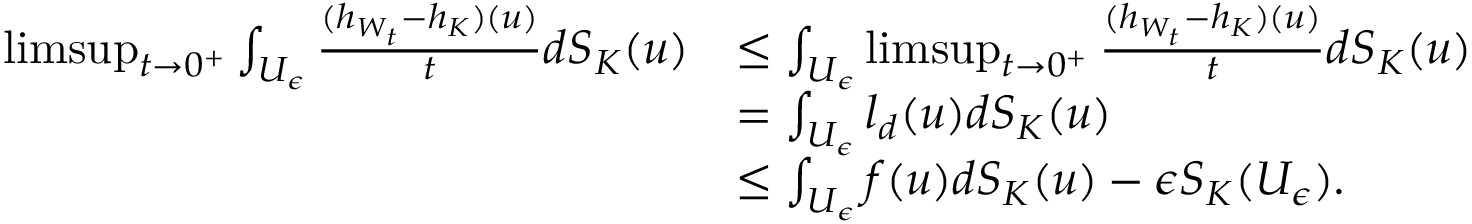
\begin{array} { r l } { \operatorname* { l i m s u p } _ { t \to 0 ^ { + } } \int _ { U _ { \epsilon } } \frac { ( h _ { W _ { t } } - h _ { K } ) ( u ) } { t } d S _ { K } ( u ) } & { \leq \int _ { U _ { \epsilon } } \operatorname* { l i m s u p } _ { t \to 0 ^ { + } } \frac { ( h _ { W _ { t } } - h _ { K } ) ( u ) } { t } d S _ { K } ( u ) } \\ & { = \int _ { U _ { \epsilon } } l _ { d } ( u ) d S _ { K } ( u ) } \\ & { \leq \int _ { U _ { \epsilon } } f ( u ) d S _ { K } ( u ) - \epsilon S _ { K } ( U _ { \epsilon } ) . } \end{array}